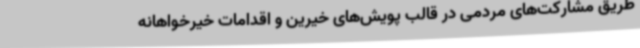
طریق مشارکت‌های مردمی در قالب پویش‌های خیرین و اقدامات خیرخواهانه